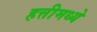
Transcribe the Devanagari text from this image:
हत्तीमध्ये